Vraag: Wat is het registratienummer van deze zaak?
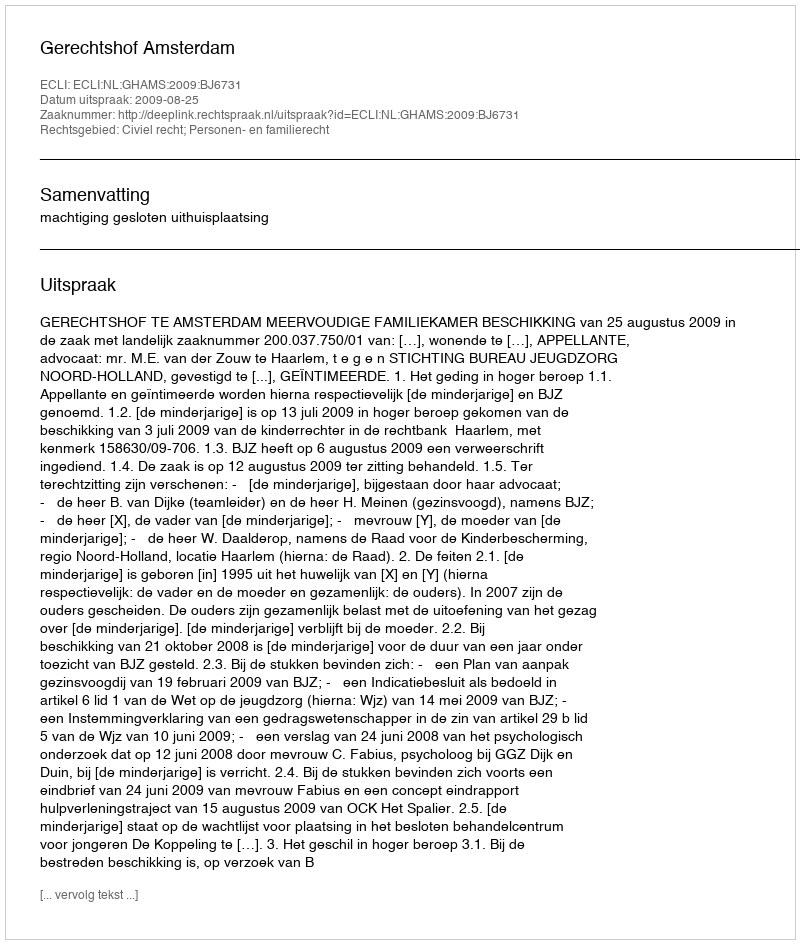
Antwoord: http://deeplink.rechtspraak.nl/uitspraak?id=ECLI:NL:GHAMS:2009:BJ6731